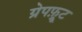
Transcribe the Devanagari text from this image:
ग्रेपफ़्रूट